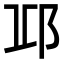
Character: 𨚑